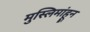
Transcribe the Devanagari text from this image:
मुस्लिमांहून